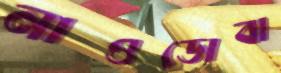
নাওডোবা